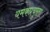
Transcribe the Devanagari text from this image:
यमकप्रचुरता